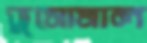
ভুসোমাল